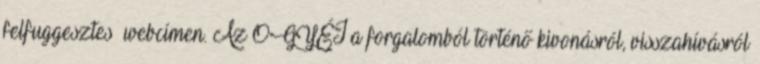
felfuggesztes webcímen. Az OGYÉI a forgalomból történő kivonásról, visszahívásról